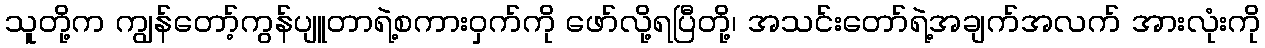
သူတို့က ကျွန်တော့်ကွန်ပျူတာရဲ့စကားဝှက်ကို ဖော်လို့ရပြီတို့၊ အသင်းတော်ရဲ့အချက်အလက် အားလုံးကို